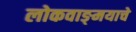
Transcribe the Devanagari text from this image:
लोकवाङ्‌मयाचे